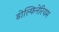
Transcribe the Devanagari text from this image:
डोल्फिनेरियम